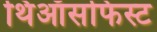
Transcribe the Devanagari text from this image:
थिऑसफिस्ट